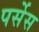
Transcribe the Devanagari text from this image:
पर्सेस